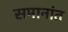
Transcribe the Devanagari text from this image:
समानांत